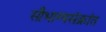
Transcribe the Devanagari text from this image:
सौभाग्यसंक्रांत